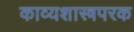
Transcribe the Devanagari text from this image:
काव्यशास्त्रपरक